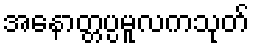
အနောတ္တပ္ပမူလကသုတ်